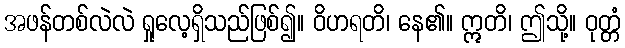
အဖန်တစ်လဲလဲ ရှုလေ့ရှိသည်ဖြစ်၍။ ဝိဟရတိ၊ နေ၏။ ဣတိ၊ ဤသို့။ ဝုတ္တံ